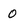
Character: 0